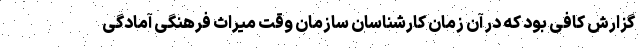
گزارش کافی بود که در آن زمان کارشناسان سازمان وقت میراث فرهنگی آمادگی